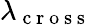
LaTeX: \lambda_{\mathrm{~c~r~o~s~s~}}